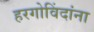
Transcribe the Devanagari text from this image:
हरगोविंदांना